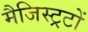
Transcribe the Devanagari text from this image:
मैजिस्ट्रटों